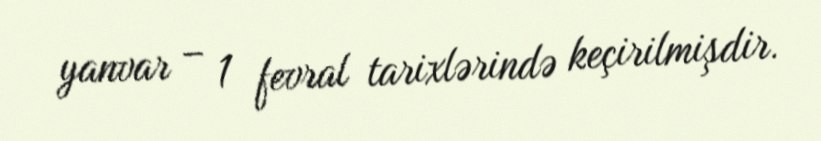
yanvar – 1 fevral tarixlərində keçirilmişdir.